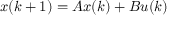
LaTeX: x ( k + 1 ) = A x ( k ) + B u ( k )